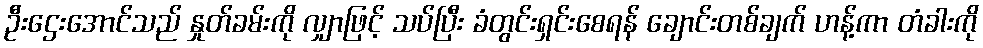
ဦးဌေးအောင်သည် နှုတ်ခမ်းကို လျှာဖြင့် သပ်ပြီး ခံတွင်းရှင်းစေရန် ချောင်းတစ်ချက် ဟန့်ကာ တံခါးကို